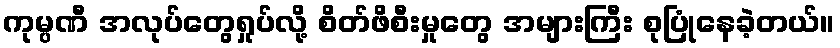
ကုမ္ပဏီ အလုပ်တွေရှုပ်လို့ စိတ်ဖိစီးမှုတွေ အများကြီး စုပြုံနေခဲ့တယ်။